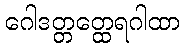
ဂေါဒတ္တတ္ထေရဂါထာ